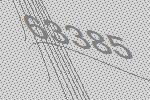
63385